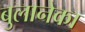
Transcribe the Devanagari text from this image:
बुलानेका